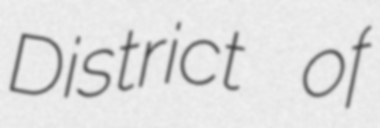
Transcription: District of